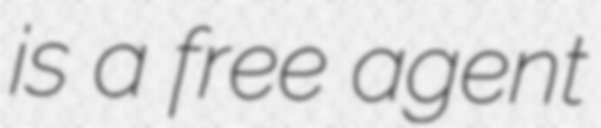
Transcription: is a free agent